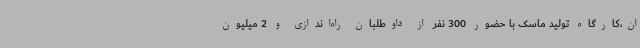
ان،کارگاه تولید ماسک با حضور 300 نفر از داوطلبان راه‌اندازی و 2 میلیون